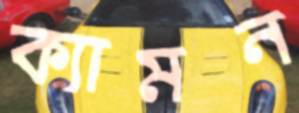
ক্যামন